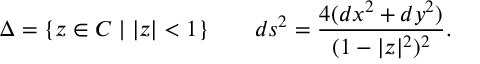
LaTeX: \Delta = \{ z \in C \mid | z | < 1 \} \qquad d s ^ { 2 } = \frac { 4 ( d x ^ { 2 } + d y ^ { 2 } ) } { ( 1 - | z | ^ { 2 } ) ^ { 2 } } .